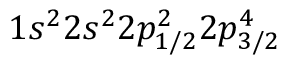
1 s ^ { 2 } 2 s ^ { 2 } 2 p _ { 1 / 2 } ^ { 2 } 2 p _ { 3 / 2 } ^ { 4 }